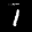
Label: 1